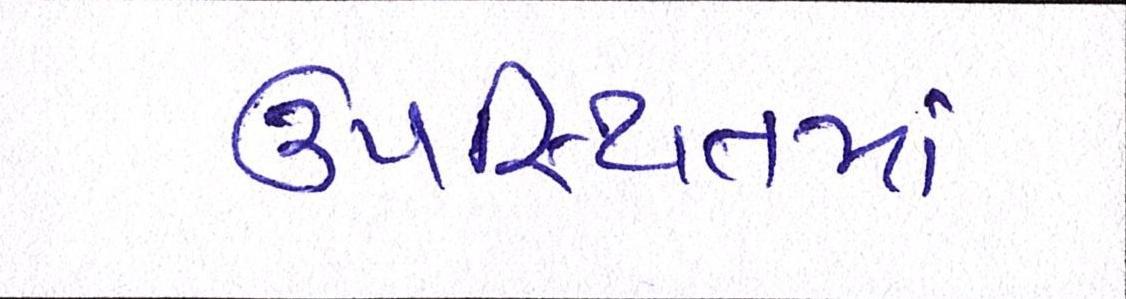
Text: ઉપસ્થિતમાં